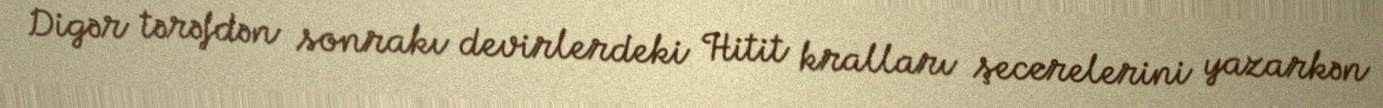
Digər tərəfdən sonrakı devirlerdeki Hitit kralları şecerelerini yazarkən